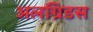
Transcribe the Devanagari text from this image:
अलग्रिडस